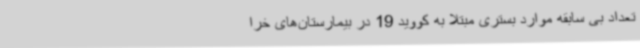
تعداد بی سابقه موارد بستری مبتلا به کووید 19 در بیمارستان‌های خرا